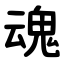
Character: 魂